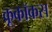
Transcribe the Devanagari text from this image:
क्रूकॉकस